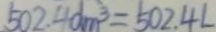
5 0 2 . 4 d m ^ { 3 } = 5 0 2 . 4 L